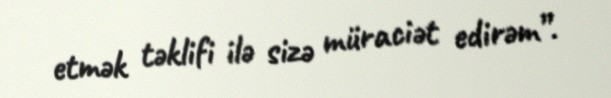
etmək təklifi ilə sizə müraciət edirəm”.